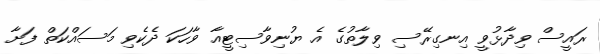
ރައީސް ވިދާޅުވީ އިނގިރޭސި ވިލާތުގެ އެ ޔުނިވާސިޓީއާ ވާހަކަ ދެކެވި މަސައްކަތް ފަށާ